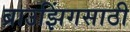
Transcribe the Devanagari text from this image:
ब्राउझिंगसाठी